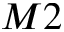
M 2